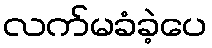
လက်မခံခဲ့ပေ